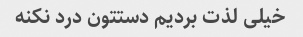
خیلی لذت بردیم دستتون درد نکنه